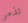
تذمر